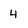
Character: 4